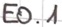
Text: E0.1